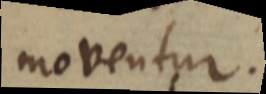
moventur.